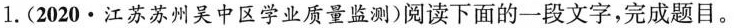
1.(2020·江苏苏州吴中区学业质量监测)阅读下面的一段文字，完成题目。